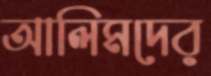
আলিমদের